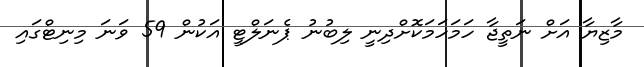
މާޒިޔާ އަށް ނަތީޖާ ހަމަހަމަކޮށްދިނީ ލިބުނު ޕެނަލްޓީ އަކުން 59 ވަނަ މިނިޓްގައި